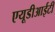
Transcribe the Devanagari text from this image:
एयूडीआईटी